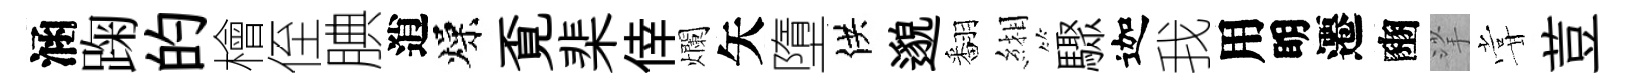
涵踘的檜侄腆逍燥覔棐倖爛矢墮供邈翻緗驟迦我用眀遷豳挲甞荳